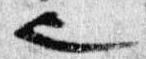
也